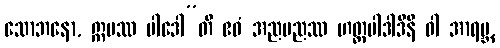
သောဘနော, ဣမဿ ပါဒေါ”တိ ဧဝံ အညမညဿ ဟတ္ထပါဒါဒီနိ ဝါ အာရဗ္ဘ,